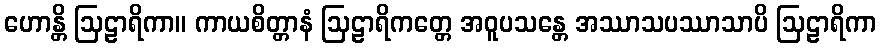
ဟောန္တိ ဩဠာရိကာ။ ကာယစိတ္တာနံ ဩဠာရိကတ္တေ အဝူပသန္တေ အဿာသပဿာသာပိ ဩဠာရိကာ